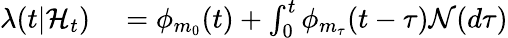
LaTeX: \begin{array}{rl}{\lambda(t|\mathcal{H}_{t})}&{{}=\phi_{m_{0}}(t)+\int_{0}^{t}\phi_{m_{\tau}}(t-\tau)\mathcal{N}(d\tau)}\end{array}